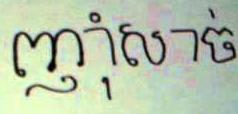
ញុាំសាច់